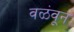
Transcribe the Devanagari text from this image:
वळंवून